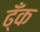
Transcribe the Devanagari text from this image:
ढ्ँक